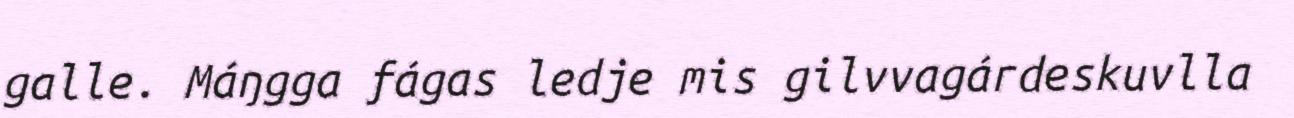
galle. Máŋgga fágas ledje mis gilvvagárdeskuvlla